King Institute of Preventive Medicine Bacteriolog. Section reports 1907-08
Year: 1907
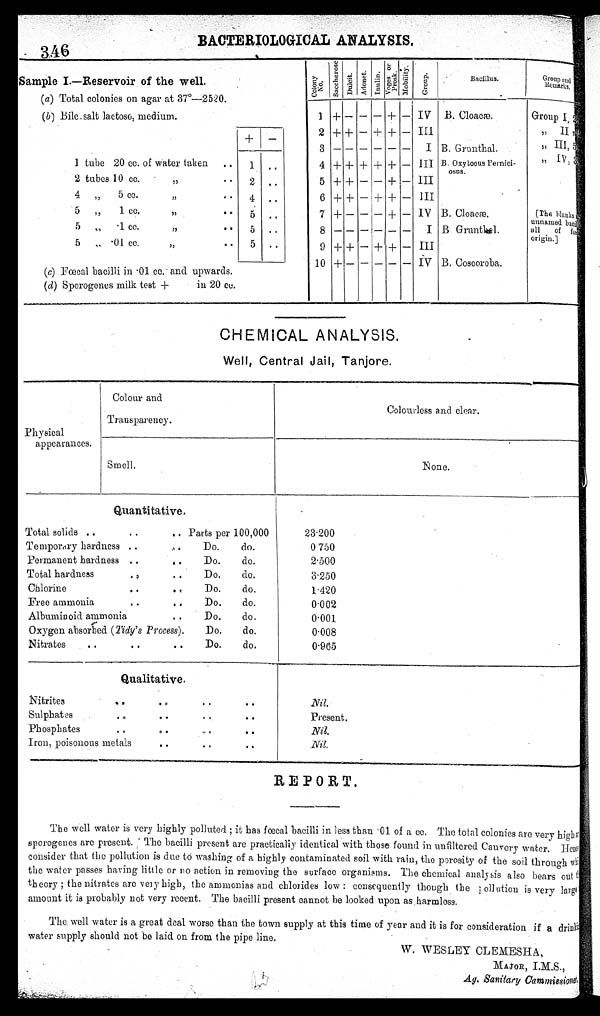
BACTERIOLOGICAL ANALYSIS
Sample I.—Reservoir of the well .
Colony No.
S a c c h e r o s e .
D u l c i t . A d o n e t .
I n u l i n . V o g e s o r P r o s k . M o b i l i t y .
Group.
Bacillus.
Group
and Remarks.
(a) Total colonies on agar at 37°—25·20.
(b) Bile_salt lactose, medium.
1 + — — — + — IV B. Cloacæ.
Group I, 2
+
—
2 + + — + + — III
, ,
I I n i l
3
— — — — — —
I B. Grunthal.
,, III,5
1 tube 20 cc. of water taken
..
1 . .
4 + + + + + — III B. Oxy tocus Pernici-
osus.
, , I V , 3
2 tubes 10 cc. ,,
. . 2 ..
5 + + — — + — III
4 „
5 cc.
, ,
. . 4 ..
6 + + — + + — III
5 „
1 c c .
, ,
. . 5 ..
7 + — — — +
—
IV B. Cloacæ.
[The bla
n k s a r e u n n a m e d b a c i l a l l o f f œ c a l o r i g i n . ]
5 ,
· 1 c c .
, , . . 5 ..
8
— — — — — —
I B Grunthel.
5 „
· 0 1
c c .
, ,
. . 5 ..
9 + +
—
+ +
—
III
10 + — — — — — IV B. Coscoroba.
(c) Fœcal bacilli in ·01 cc. and upwards.
(d) Sporogones milk test +
in 20 cc.
CHEMICAL ANALYSIS.
Well, Central Jail, Tanjore,
Physical
appearances.
Colour and
Transparency.
Colourless and clear.
Smell.
None.
Total solids ..
Quantitative.
..
. .
P a r t s p e r 1 0 0 , 0 0 0
23·200
Temporary hardness ..
..
Do.
d o .
0750
Permanent hardness ..
..
Do.
do.
2·500
Total hardness
..
..
Do.
do.
3·250
Chlorine
..
..
Do.
do.
1·420
Free ammonia
..
..
Do.
do.
0·002
Albuminoid ammonia
..
Do.
do.
0·001
Oxygen absorbed (Tidy's Process).
Do.
do.
0 · 0 0 8
Nitrates
..
..
..
Do.
do.
0·965
Q u a l i t a t i v e .
Nitrites . .
. .
. .
. .
Nil.
Sulphates
..
..
..
..
Phosphates
..
..
..
. .
Present.
Nil.
Iron, poisonous metals
..
..
. .
Nil.
REPORT.
The well water is very highly polluted; it has fœcal bacilli in less than ·01 of a cc. The total colonies are very high
porogenes are present. The bacilli present are practically identical with those found in unfiltered Cauvery water. Hence
consider that the pollution is due to washing of a highly contaminated soil with rain, the porosity of the soil through
the water passes having little or uo action in removing the surface organisms. The chemical analysis also bears out
theory; the nitrates are very high, the ammonias and chlorides low : consequently though the pollution is very large,
amount it is probably not very recent. The bacilli present cannot be looked upon as harmless.
The. well water is a great deal worse than the town supply at this time of year and it is for consideration if a drinking
water supply should not be laid on from the pipe line.
W. WESLEY CLEMESHA,
MAJOR, I.M.S.,
Ag. Sanitary